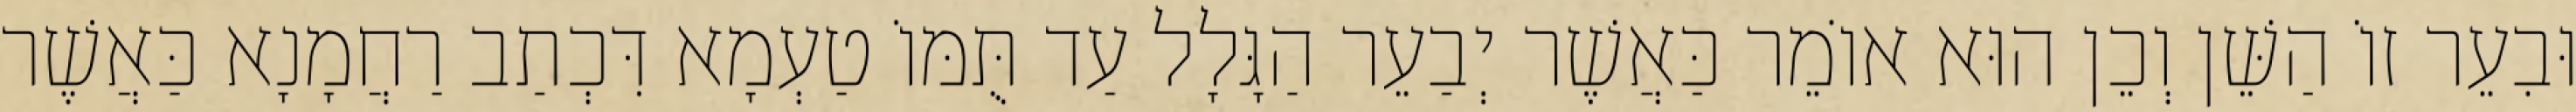
וּבִעֵר זוֹ הַשֵּׁן וְכֵן הוּא אוֹמֵר כַּאֲשֶׁר יְבַעֵר הַגָּלָל עַד תֻּמּוֹ טַעְמָא דִּכְתַב רַחֲמָנָא כַּאֲשֶׁר